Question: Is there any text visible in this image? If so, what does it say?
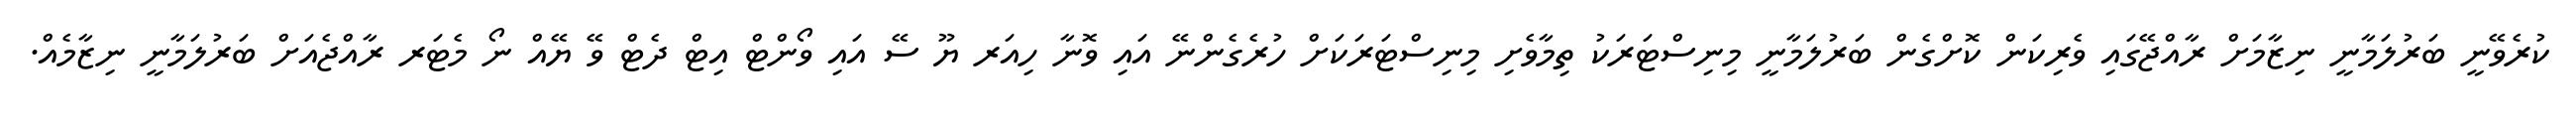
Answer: ކުރެވޭނީ ބަރުލަމާނީ ނިޒާމަށް ރާއްޖޭގައި ވެރިކަން ކޮށްގެން ބަރުލަމާނީ މިނިސްޓަރަކު ތިމާވެށި މިނިސްޓަރަކަށް ހުރެގެންނޭ އައި ވޮނާ ހިއަރ ޔޫ ސޭ އައި ވޯންޓް އިޓް ދެޓް ވޭ ޔޭއް ނޯ މެޓަރ ރާއްޖެއަށް ބަރުލަމާނީ ނިޒާމެއް.